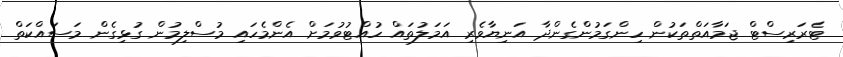
ޓެރަރިސްޓް ޖަމާއަތްތަކުން ހިންގަމުންގެންދާ އަނިޔާވެރި އަމަލުތައް ހުއްޓުވުމަށް އެންމެހައި މުސްލިމުން ގުޅިގެން މަސައްކަތް